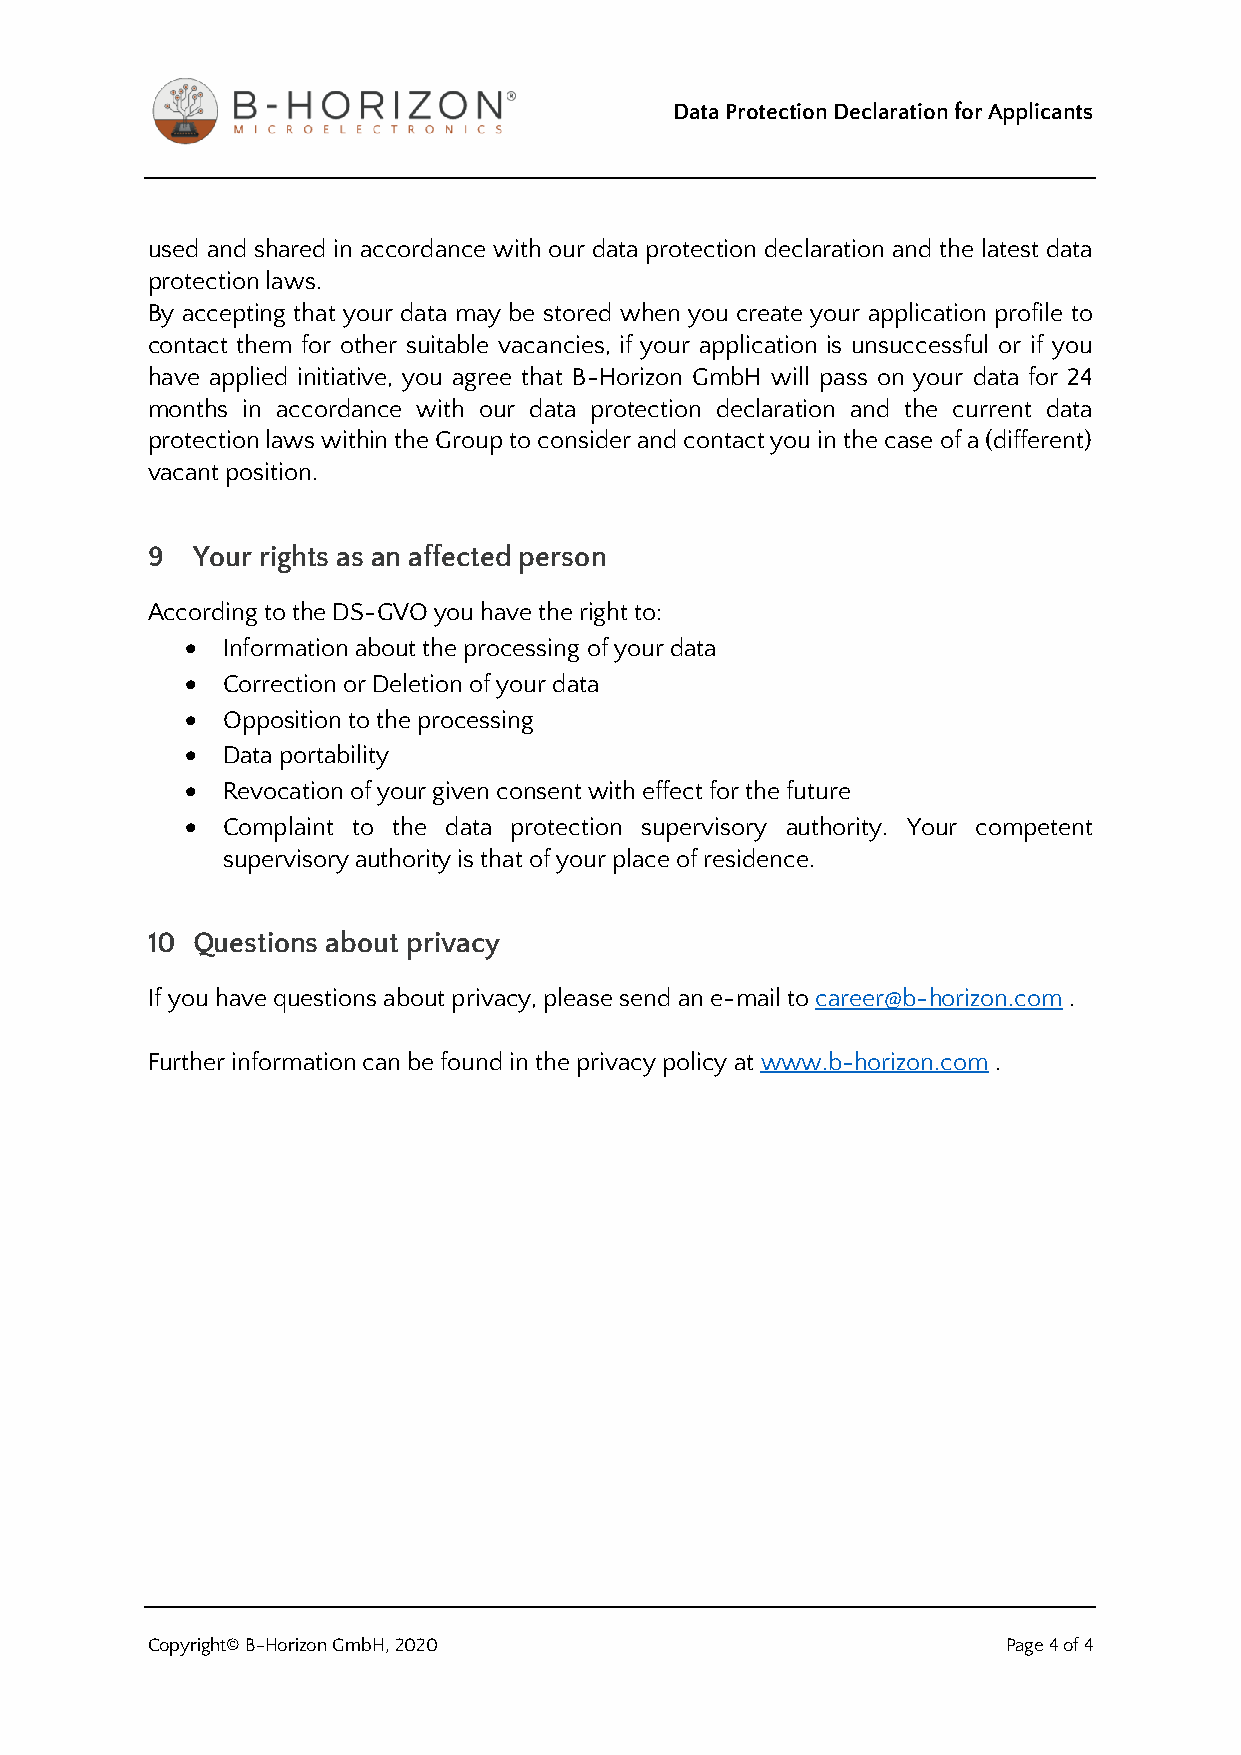
Data Protection Declaration for Applicants
 used and shared in accordance with our data protection declaration and the latest data
 protection laws.
 By accepting that your data may be stored when you create your application profile to
 contact them for other suitable vacancies, if your application is unsuccessful or if you
 have applied initiative, you agree that B-Horizon GmbH will pass on your data for 24
 months in accordance with our data protection declaration and the current data
 protection laws within the Group to consider and contact you in the case of a (different)
 vacant position.
 9  Your rights as an affected person
 According to the DS-GVO you have the right to:
 •  Information about the processing of your data
 •  Correction or Deletion of your data
 •  Opposition to the processing
 •  Data portability
 •  Revocation of your given consent with effect for the future
 •  Complaint to the data protection supervisory authority. Your competent
 supervisory authority is that of your place of residence.
 10 Questions about privacy
 If you have questions about privacy, please send an e-mail to career@b-horizon.com .
 Further information can be found in the privacy policy at www.b-horizon.com .
 Copyright© B-Horizon GmbH, 2020                          Page 4 of 4